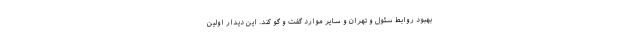
بهبود روابط سئول و تهران و سایر موارد گفت و گو کند. این دیدار اولین